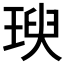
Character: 𤧙